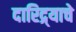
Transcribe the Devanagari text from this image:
दारिद्र्याचे